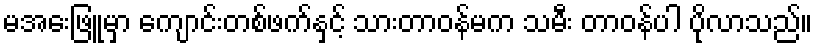
မအေးဖြူမှာ ကျောင်းတစ်ဖက်နှင့် သားတာဝန်မက သမီး တာဝန်ပါ ပိုလာသည်။